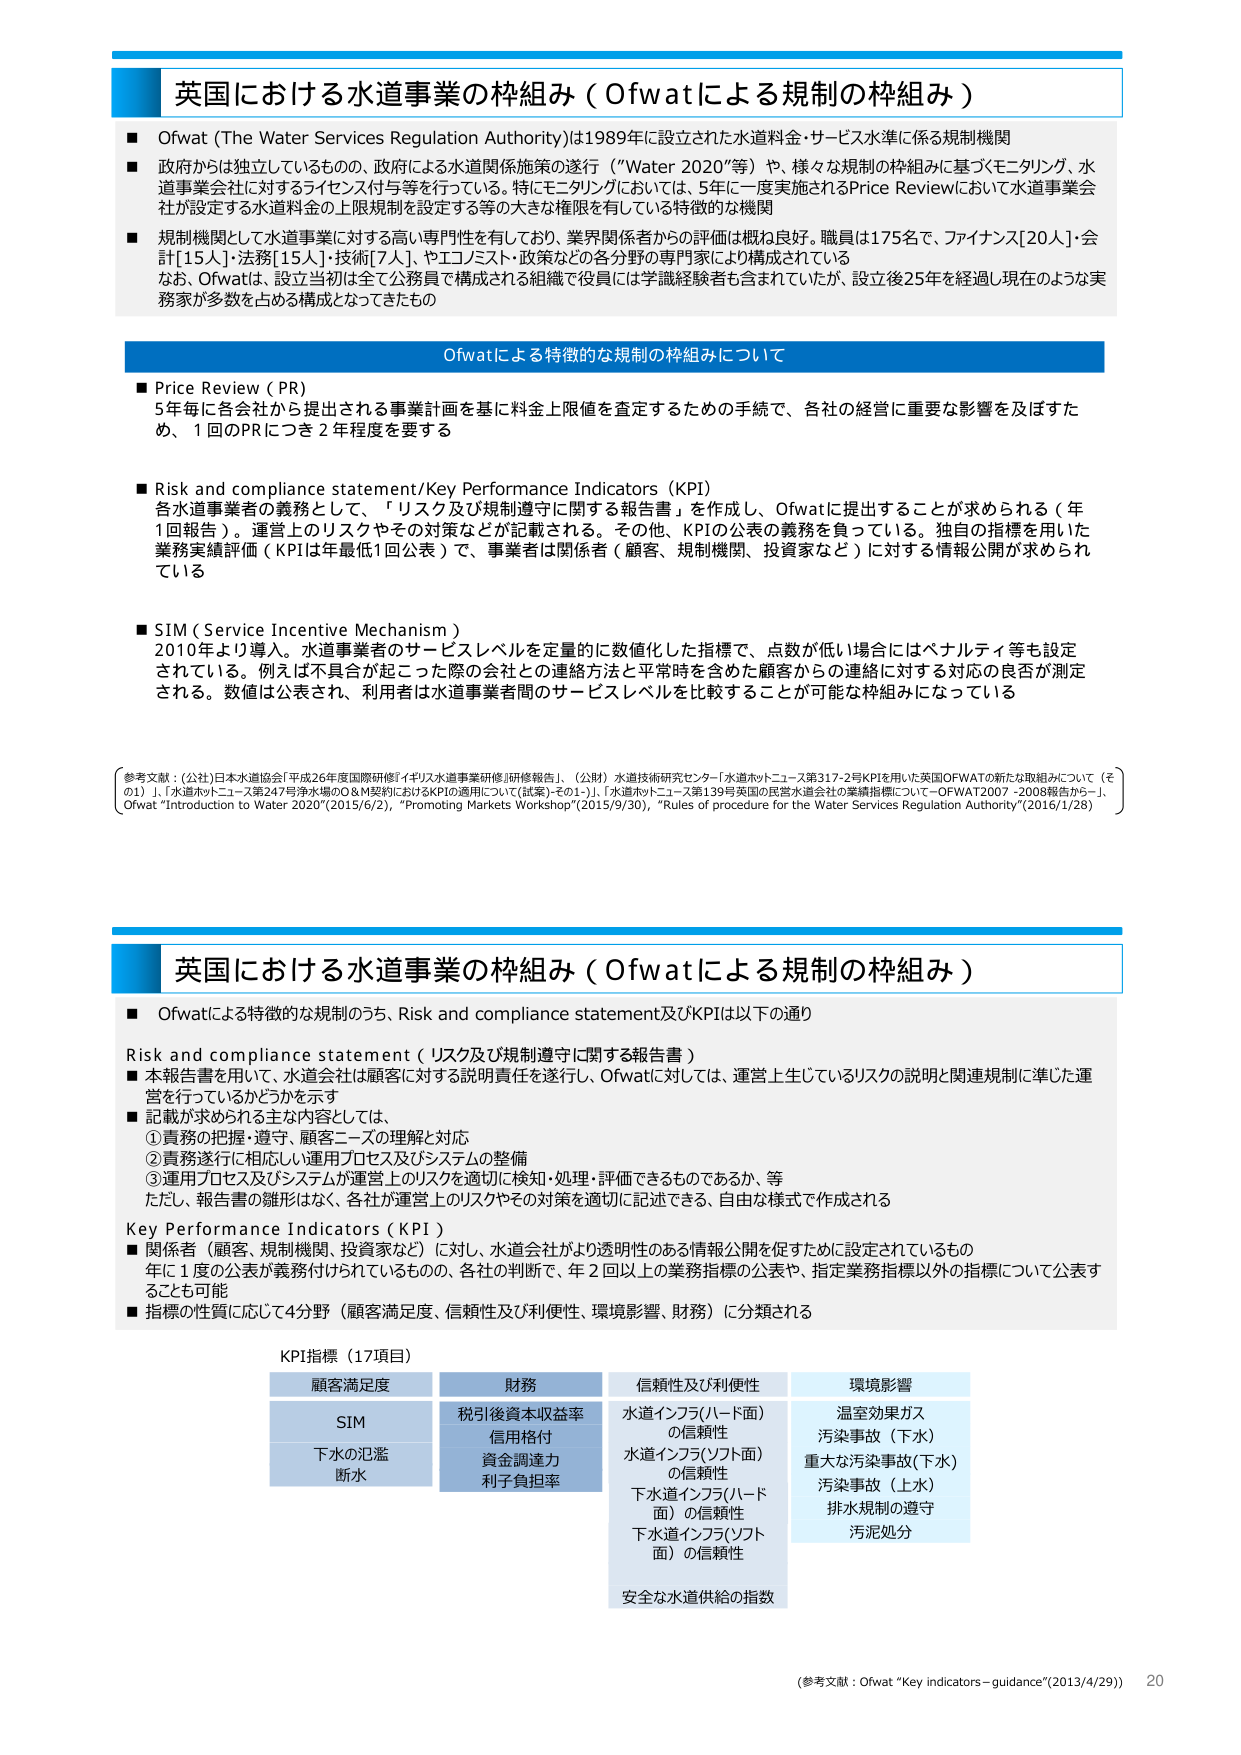
英国における水道事業の枠組み（Ofwatによる規制の枠組み）

■ Ofwat (The Water Services Regulation Authority)は1989年に設立された水道料金・サービス水準に係る規制機関
■ 政府からは独立しているものの、政府による水道関係施策の遂行（“Water 2020”等）や、様々な規制の枠組みに基づくモニタリング、水道事業会社に対するライセンス付与等を行っている。特にモニタリングにおいては、5年に一度実施されるPrice Reviewにおいて水道事業会社が設定する水道料金の上限規制を設定する等の大きな権限を有している特徴的な機関
■ 規制機関として水道事業に対する高い専門性を有しており、業界関係者からの評価は概ね良好。職員は175名で、ファイナンス[20人]・会計[15人]・法務[15人]・技術[7人]、ヤエコノミスト・政策などの各分野の専門家により構成されている
　　なお、Ofwatは、設立当初は全て公務員で構成される組織で役員には学識経験者も含まれていたが、設立後25年を経過し現在のような実務家が多数を占める構成となってきたもの

Ofwatによる特徴的な規制の枠組みについて

■ Price Review（PR）
　　5年毎に各会社から提出される事業計画を基に料金上限値を査定するための手続で、各社の経営に重要な影響を及ぼすため、1回のPRにつき2年程度を要する

■ Risk and compliance statement/Key Performance Indicators（KPI）
　　各水道事業者の義務として、「リスク及び規制遵守に関する報告書」を作成し、Ofwatに提出することが求められる（年1回報告）。運営上のリスクやその対策などが記載される。その他、KPIの公表の義務を負っている。独自の指標を用いた業務実績評価（KPIは年最低1回公表）で、事業者は関係者（顧客、規制機関、投資家など）に対する情報公開が求められている

■ SIM（Service Incentive Mechanism）
　　2010年より導入。水道事業者のサービスレベルを定量的に数値化した指標で、点数が低い場合にはペナルティ等も設定されている。例えば不具合が起こった際の会社との連絡方法と平常時を含めた顧客からの連絡に対する対応の良否が測定される。数値は公表され、利用者は水道事業者間のサービスレベルを比較することが可能な枠組みになっている

（参考文献：(公社)日本水道協会「平成26年度国際研修『イギリス水道事業研修』研修報告」、(公財)水道技術研究センター「水道ホットニュース第317-2号KPIを用いた英国OFWATの新たな取組みについて（その1）」、「水道ホットニュース第247号浄水場のO&M契約におけるKPIの適用について（試案）・その1-1」、「水道ホットニュース第139号英国の民営水道会社の業績指標について－OFWAT2007-2008報告から－」、Ofwat “Introduction to Water 2020”(2015/6/2), “Promoting Markets Workshop”(2015/9/30), “Rules of procedure for the Water Services Regulation Authority”(2016/1/28)）

英国における水道事業の枠組み（Ofwatによる規制の枠組み）

■ Ofwatによる特徴的な規制のうち、Risk and compliance statement及びKPIは以下の通り

Risk and compliance statement（リスク及び規制遵守に関する報告書）
■ 本報告書を用いて、水道会社は顧客に対する説明責任を遂行し、Ofwatに対しては、運営上生じているリスクの説明と関連規制に準じた運営を行っているかどうかを示す
■ 記載が求められる主な内容としては、
　　①責務の把握・遵守、顧客ニーズの理解と対応
　　②責務遂行に相応しい運用プロセス及びシステムの整備
　　③運用プロセス及びシステムが運営上のリスクを適切に検知・処理・評価できるものであるか、等
　　ただし、報告書の雛形はなく、各社が運営上のリスクやその対策を適切に記述できる、自由な様式で作成される

Key Performance Indicators（KPI）
■ 関係者（顧客、規制機関、投資家など）に対し、水道会社がより透明性のある情報公開を促すために設定されているもの
　　年に1度の公表が義務付けられているものの、各社の判断で、年2回以上の業務指標の公表や、指定業務指標以外の指標について公表することも可能
■ 指標の性質に応じて4分野（顧客満足度、信頼性及び利便性、環境影響、財務）に分類される

KPI指標（17項目）

顧客満足度　　　　　財務　　　　　　　信頼性及び利便性　　　　　環境影響
SIM　　　　　　　　　税引後資本収益率　　水道インフラ(ハード面)　　温室効果ガス
下水の氾濫　　　　　　信用格付　　　　　　の信頼性　　　　　　　　汚染事故（下水）
断水　　　　　　　　　資金調達力　　　　　水道インフラ(ソフト面)　　重大な汚染事故(下水)
　　　　　　　　　　　利子負担率　　　　　の信頼性　　　　　　　　汚染事故（上水）
　　　　　　　　　　　　　　　　　　　　　下水道インフラ(ハード面)　排水規制の遵守
　　　　　　　　　　　　　　　　　　　　　の信頼性　　　　　　　　汚泥処分
　　　　　　　　　　　　　　　　　　　　　下水道インフラ(ソフト面)　安全な水道供給の指数
　　　　　　　　　　　　　　　　　　　　　の信頼性

（参考文献：Ofwat “Key indicators – guidance”(2013/4/29)） 20